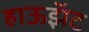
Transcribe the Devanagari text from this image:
हाऊझॅट